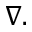
\nabla .